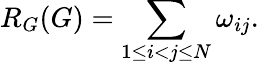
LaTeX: R_{G}(G)=\sum_{1\leq i<j\leq N}\omega_{ij}.